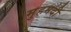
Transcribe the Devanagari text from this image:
मुहमदी